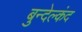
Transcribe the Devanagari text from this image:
बुन्देल्कंद